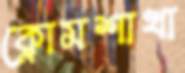
ক্লোমশাখা